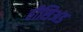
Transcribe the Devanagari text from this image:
हीसिअड